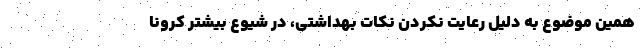
همین موضوع به دلیل رعایت نکردن نکات بهداشتی، در شیوع بیشتر کرونا